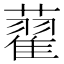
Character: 藋